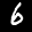
Label: 6